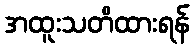
အထူးသတိထားရန်